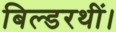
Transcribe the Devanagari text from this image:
बिल्डरथीं।